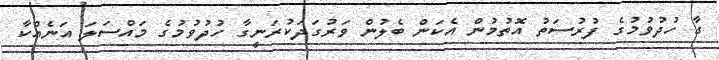
ގާ ހުދުވުމުގެ ފުރުސަތު އޮތުމުން އެކަން ބެލުން ވަރުގަދަކުރަނީގާ ހުދުވުމުގެ މައްސަލަ އަނެއްކާ